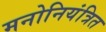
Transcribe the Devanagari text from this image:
मनोनियंत्रित